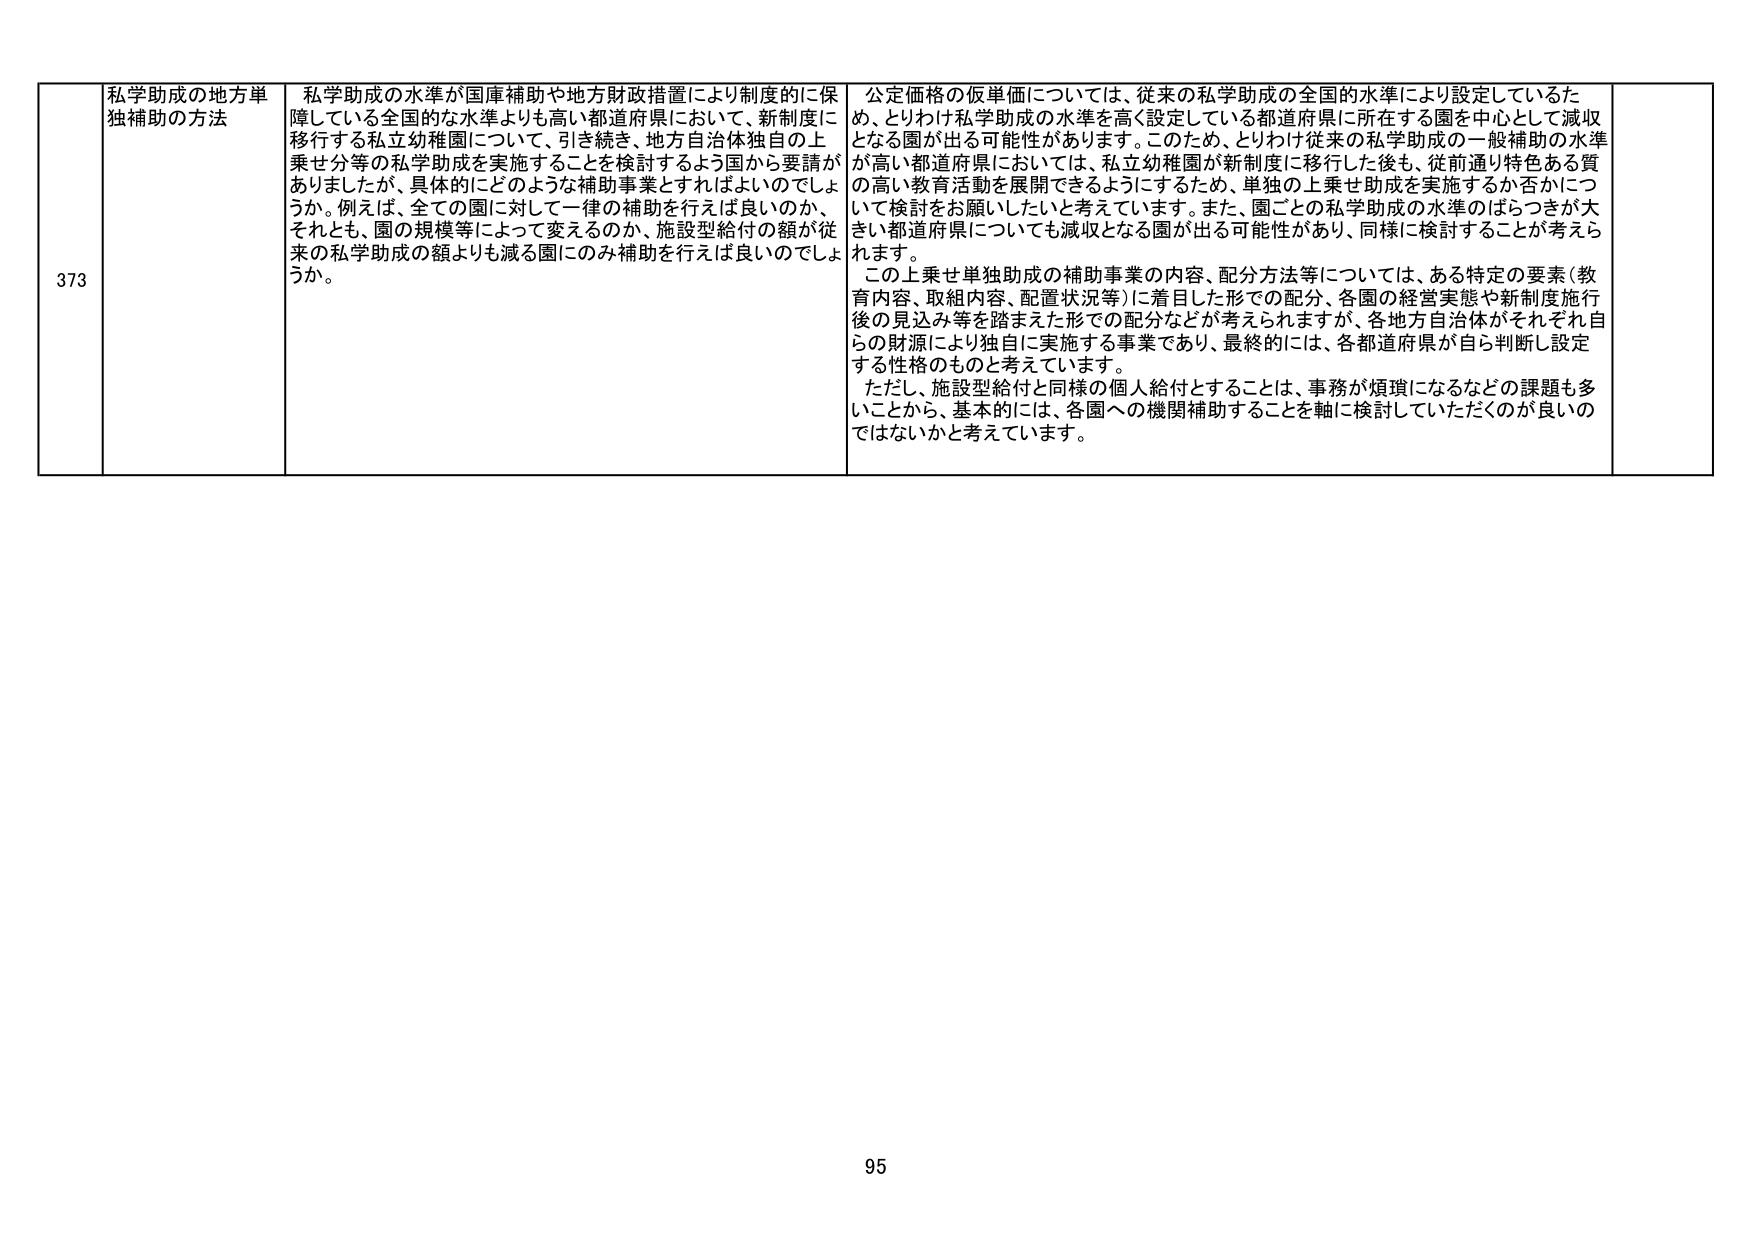
373 私学助成の地方単独補助の方法 私学助成の水準が国庫補助や地方財政措置により制度的に保障している全国的な水準よりも高い都道府県において、新制度に移行する私立幼稚園について、引き続き、地方自治体独自の上乗せ分等の私学助成を実施することを検討するよう国から要請がありました が、具体的にどのような補助事業とすればよいのでしょうか。例えば、全ての園に対して一律の補助を行えば良いのか、それとも、園の規模等によって変えるのか、施設型給付の額が従来の私学助成の額よりも減る園にのみ補助を行えば良いのでしょうか。 公定価格の仮単価については、従来の私学助成の全国的水準により設定しているため、とりわけ私学助成の水準を高く設定している都道府県に所在する園を中心として減収となる園が出る可能性があります。このため、とりわけ従来の私学助成の一般補助の水準が高い都道府県においては、私立幼稚園が新制度に移行した後も、従前通り特色ある質の高い教育活動を展開できるようにするため、単独の上乗せ助成を実施するか否かについて検討をお願いしたいと考えています。また、園ごとの私学助成の水準のばらつきが大きい都道府県についても減収となる園が出る可能性があり、同様に検討することが考えられます。 この上乗せ単独助成の補助事業の内容、配分方法等については、ある特定の要素（教育内容、取組内容、配置状況等）に着目した形での配分、各園の経営実態や新制度施行後の見込み等を踏まえた形での配分などが考えられますが、各地方自治体がそれぞれ自らの財源により独自に実施する事業であり、最終的には、各都道府県が自ら判断し設定する性格のものと考えています。 ただし、施設型給付と同様の個人給付とすることは、事務が煩雑になるなどの課題も多いことから、基本的には、各園への機関補助することを軸に検討していただくのが良いのではないかと考えています。 95